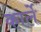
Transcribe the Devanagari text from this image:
कार्ले